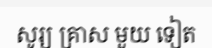
សូរ្យ គ្រាស មួយ ទៀត